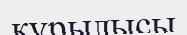
құрылысы